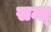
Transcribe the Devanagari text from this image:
सन्त्